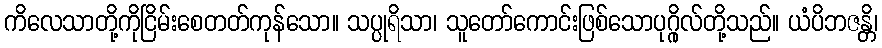
ကိလေသာတို့ကိုငြိမ်းစေတတ်ကုန်သော။ သပ္ပုရိသာ၊ သူတော်ကောင်းဖြစ်သောပုဂ္ဂိုလ်တို့သည်။ ယံပိဘဇန္တိ၊